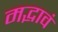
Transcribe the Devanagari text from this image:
मद्भावं